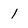
Character: 1